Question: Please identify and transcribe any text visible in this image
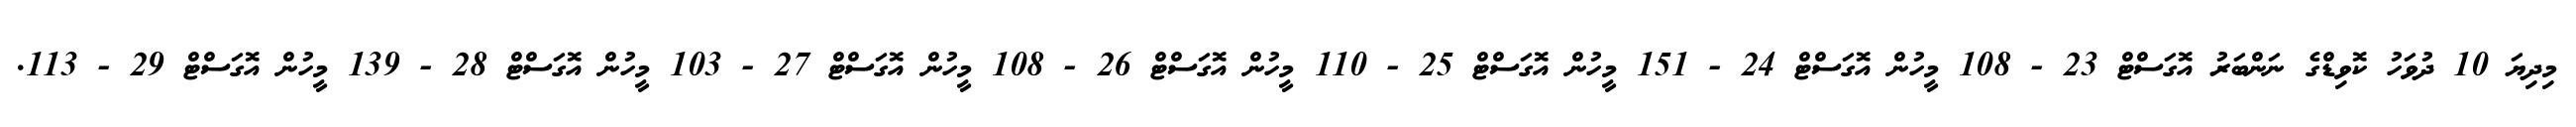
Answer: މިދިޔަ 10 ދުވަހު ކޮވިޑްގެ ނަންބަރު އޮގަސްޓް 23 - 108 މީހުން އޮގަސްޓް 24 - 151 މީހުން އޮގަސްޓް 25 - 110 މީހުން އޮގަސްޓް 26 - 108 މީހުން އޮގަސްޓް 27 - 103 މީހުން އޮގަސްޓް 28 - 139 މީހުން އޮގަސްޓް 29 - 113.